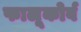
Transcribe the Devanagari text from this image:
फालूकोर्व